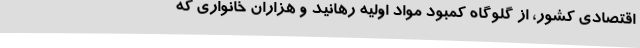
اقتصادی کشور، از گلوگاه کمبود مواد اولیه رهانید و هزاران خانواری که